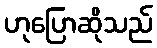
ဟုပြောဆိုသည်